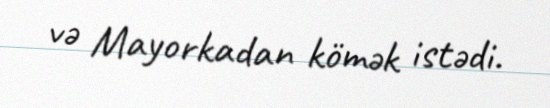
və Mayorkadan kömək istədi.